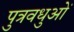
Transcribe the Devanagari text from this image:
पुत्रवधुओं